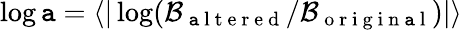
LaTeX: \log\mathtt{a}=\langle|\log(\mathcal{B}_{\mathrm{{~\mathtt{a}~l~t~e~r~e~d~}}}/\mathcal{B}_{\mathrm{{~o~r~i~g~i~n~\mathtt{a}~l~}}})|\rangle